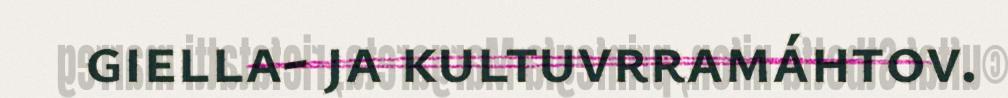
giella- ja kultuvrramáhtov.